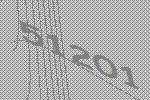
51201